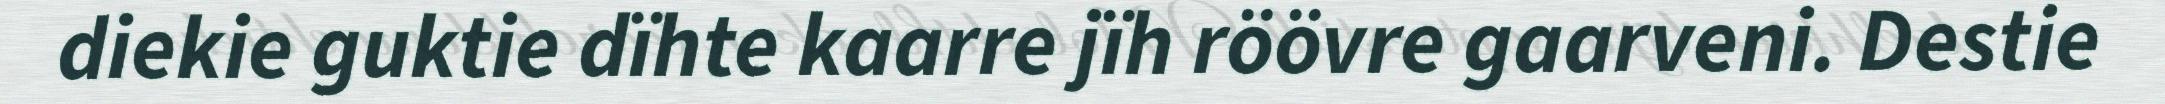
diekie guktie dïhte kaarre jïh röövre gaarveni. Destie